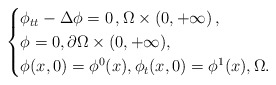
\begin{align*}\begin{cases}\phi_{tt} - \Delta \phi = 0 \,, \Omega \times (0,+\infty)\,,\\\phi=0, \partial \Omega \times (0,+\infty), \\ \phi(x, 0) = \phi^0(x), \phi_t(x, 0) = \phi^1(x), \Omega. \end{cases}\end{align*}